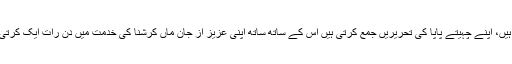
نثر لکھتی ہیں، اپنے چہیتے پاپا کی تحریریں جمع کرتی ہیں اس کے ساتھ ساتھ اپنی عزیز از جان ماں کرشنا کی خدمت میں دن رات ایک کرتی رہتی ہیں۔